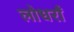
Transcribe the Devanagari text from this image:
लोधराँ